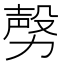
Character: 𣪤